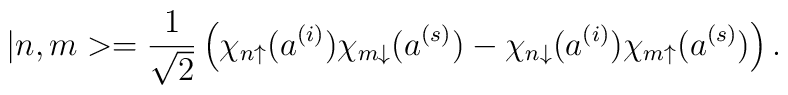
|n,m>=\frac{1}{\sqrt{2}}\left( \chi _{n\uparrow }(a^{(i)})\chi _{m\downarrow}(a^{(s)})-\chi _{n\downarrow }(a^{(i)})\chi _{m\uparrow }(a^{(s)})\right).